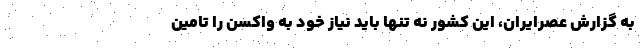
به گزارش عصرایران، این کشور نه تنها باید نیاز خود به واکسن را تامین